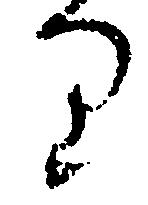
り